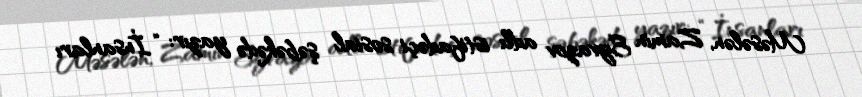
Məsələn, Zamin Eyvazov adlı istifadəçi sosial şəbəkədə yazır: “İnsanları